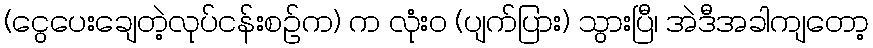
(ငွေပေးချေတဲ့လုပ်ငန်းစဉ်က) က လုံးဝ (ပျက်ပြား) သွားပြီ၊ အဲဒီအခါကျတော့